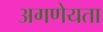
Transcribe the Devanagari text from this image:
अगणेयता